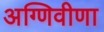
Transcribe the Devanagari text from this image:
अग्णिवीणा